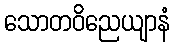
သောတဝိညေယျာနံ